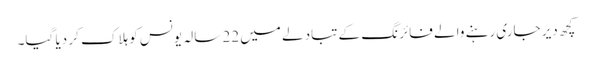
کچھ دیر جاری رہنے والے فائرنگ کے تبادلے میں 22 سالہ یونس کو ہلاک کر دیا گیا۔